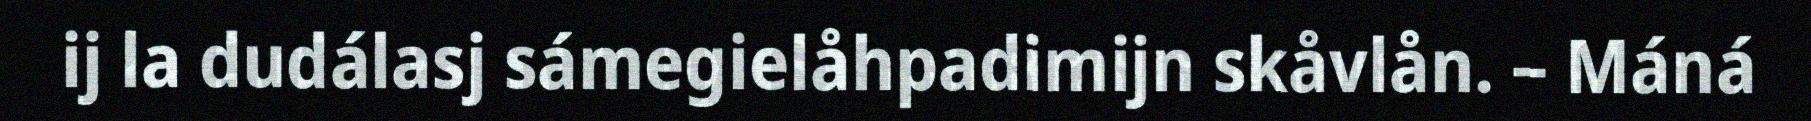
ij la dudálasj sámegielåhpadimijn skåvlån. – Máná